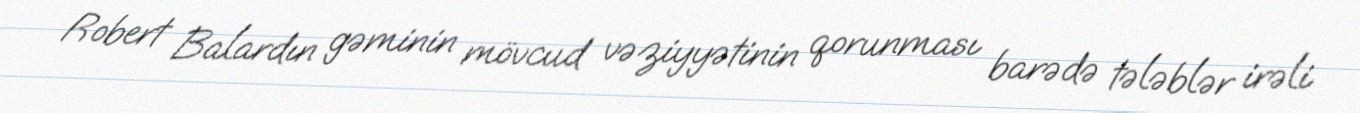
Robert Balardın gəminin mövcud vəziyyətinin qorunması barədə tələblər irəli